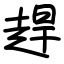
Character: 趕